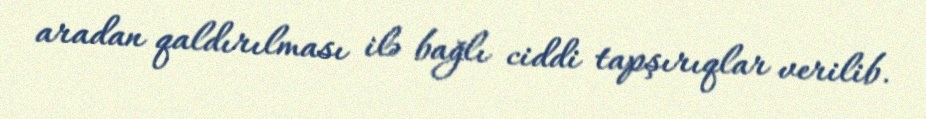
aradan qaldırılması ilə bağlı ciddi tapşırıqlar verilib.